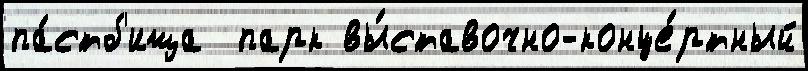
па́стб'ища  парк вы́ставочно-конце́ртный